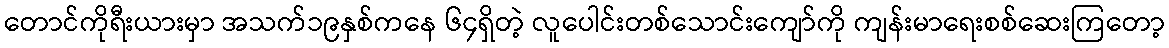
တောင်ကိုရီးယားမှာ အသက်၁၉နှစ်ကနေ ၆၄ရှိတဲ့ လူပေါင်းတစ်သောင်းကျော်ကို ကျန်းမာရေးစစ်ဆေးကြတော့